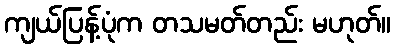
ကျယ်ပြန့်ပုံက တသမတ်တည်း မဟုတ်။